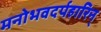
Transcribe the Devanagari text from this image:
मनोभवदर्पहारिन्